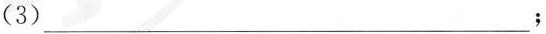
(3)___；